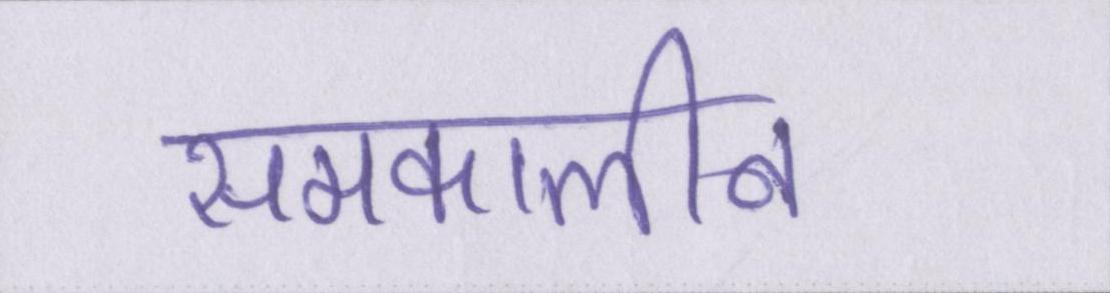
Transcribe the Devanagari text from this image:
समकालीन